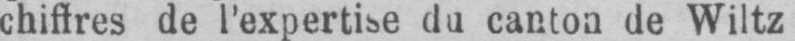
chiffres de l’expertise du canton de Wiltz